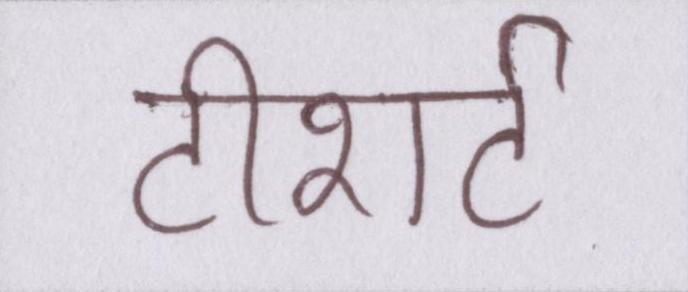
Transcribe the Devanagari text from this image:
टीशर्ट